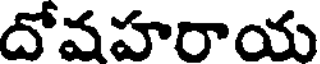
దోవహరాయ